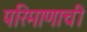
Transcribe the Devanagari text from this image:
परिमाणाची